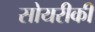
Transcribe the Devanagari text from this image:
सोयरीकी